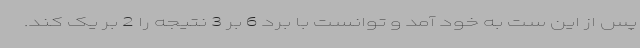
پس از این ست به خود آمد و توانست با برد 6 بر 3 نتیجه را 2 بر یک کند.